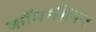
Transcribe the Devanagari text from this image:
कॉमरशियल